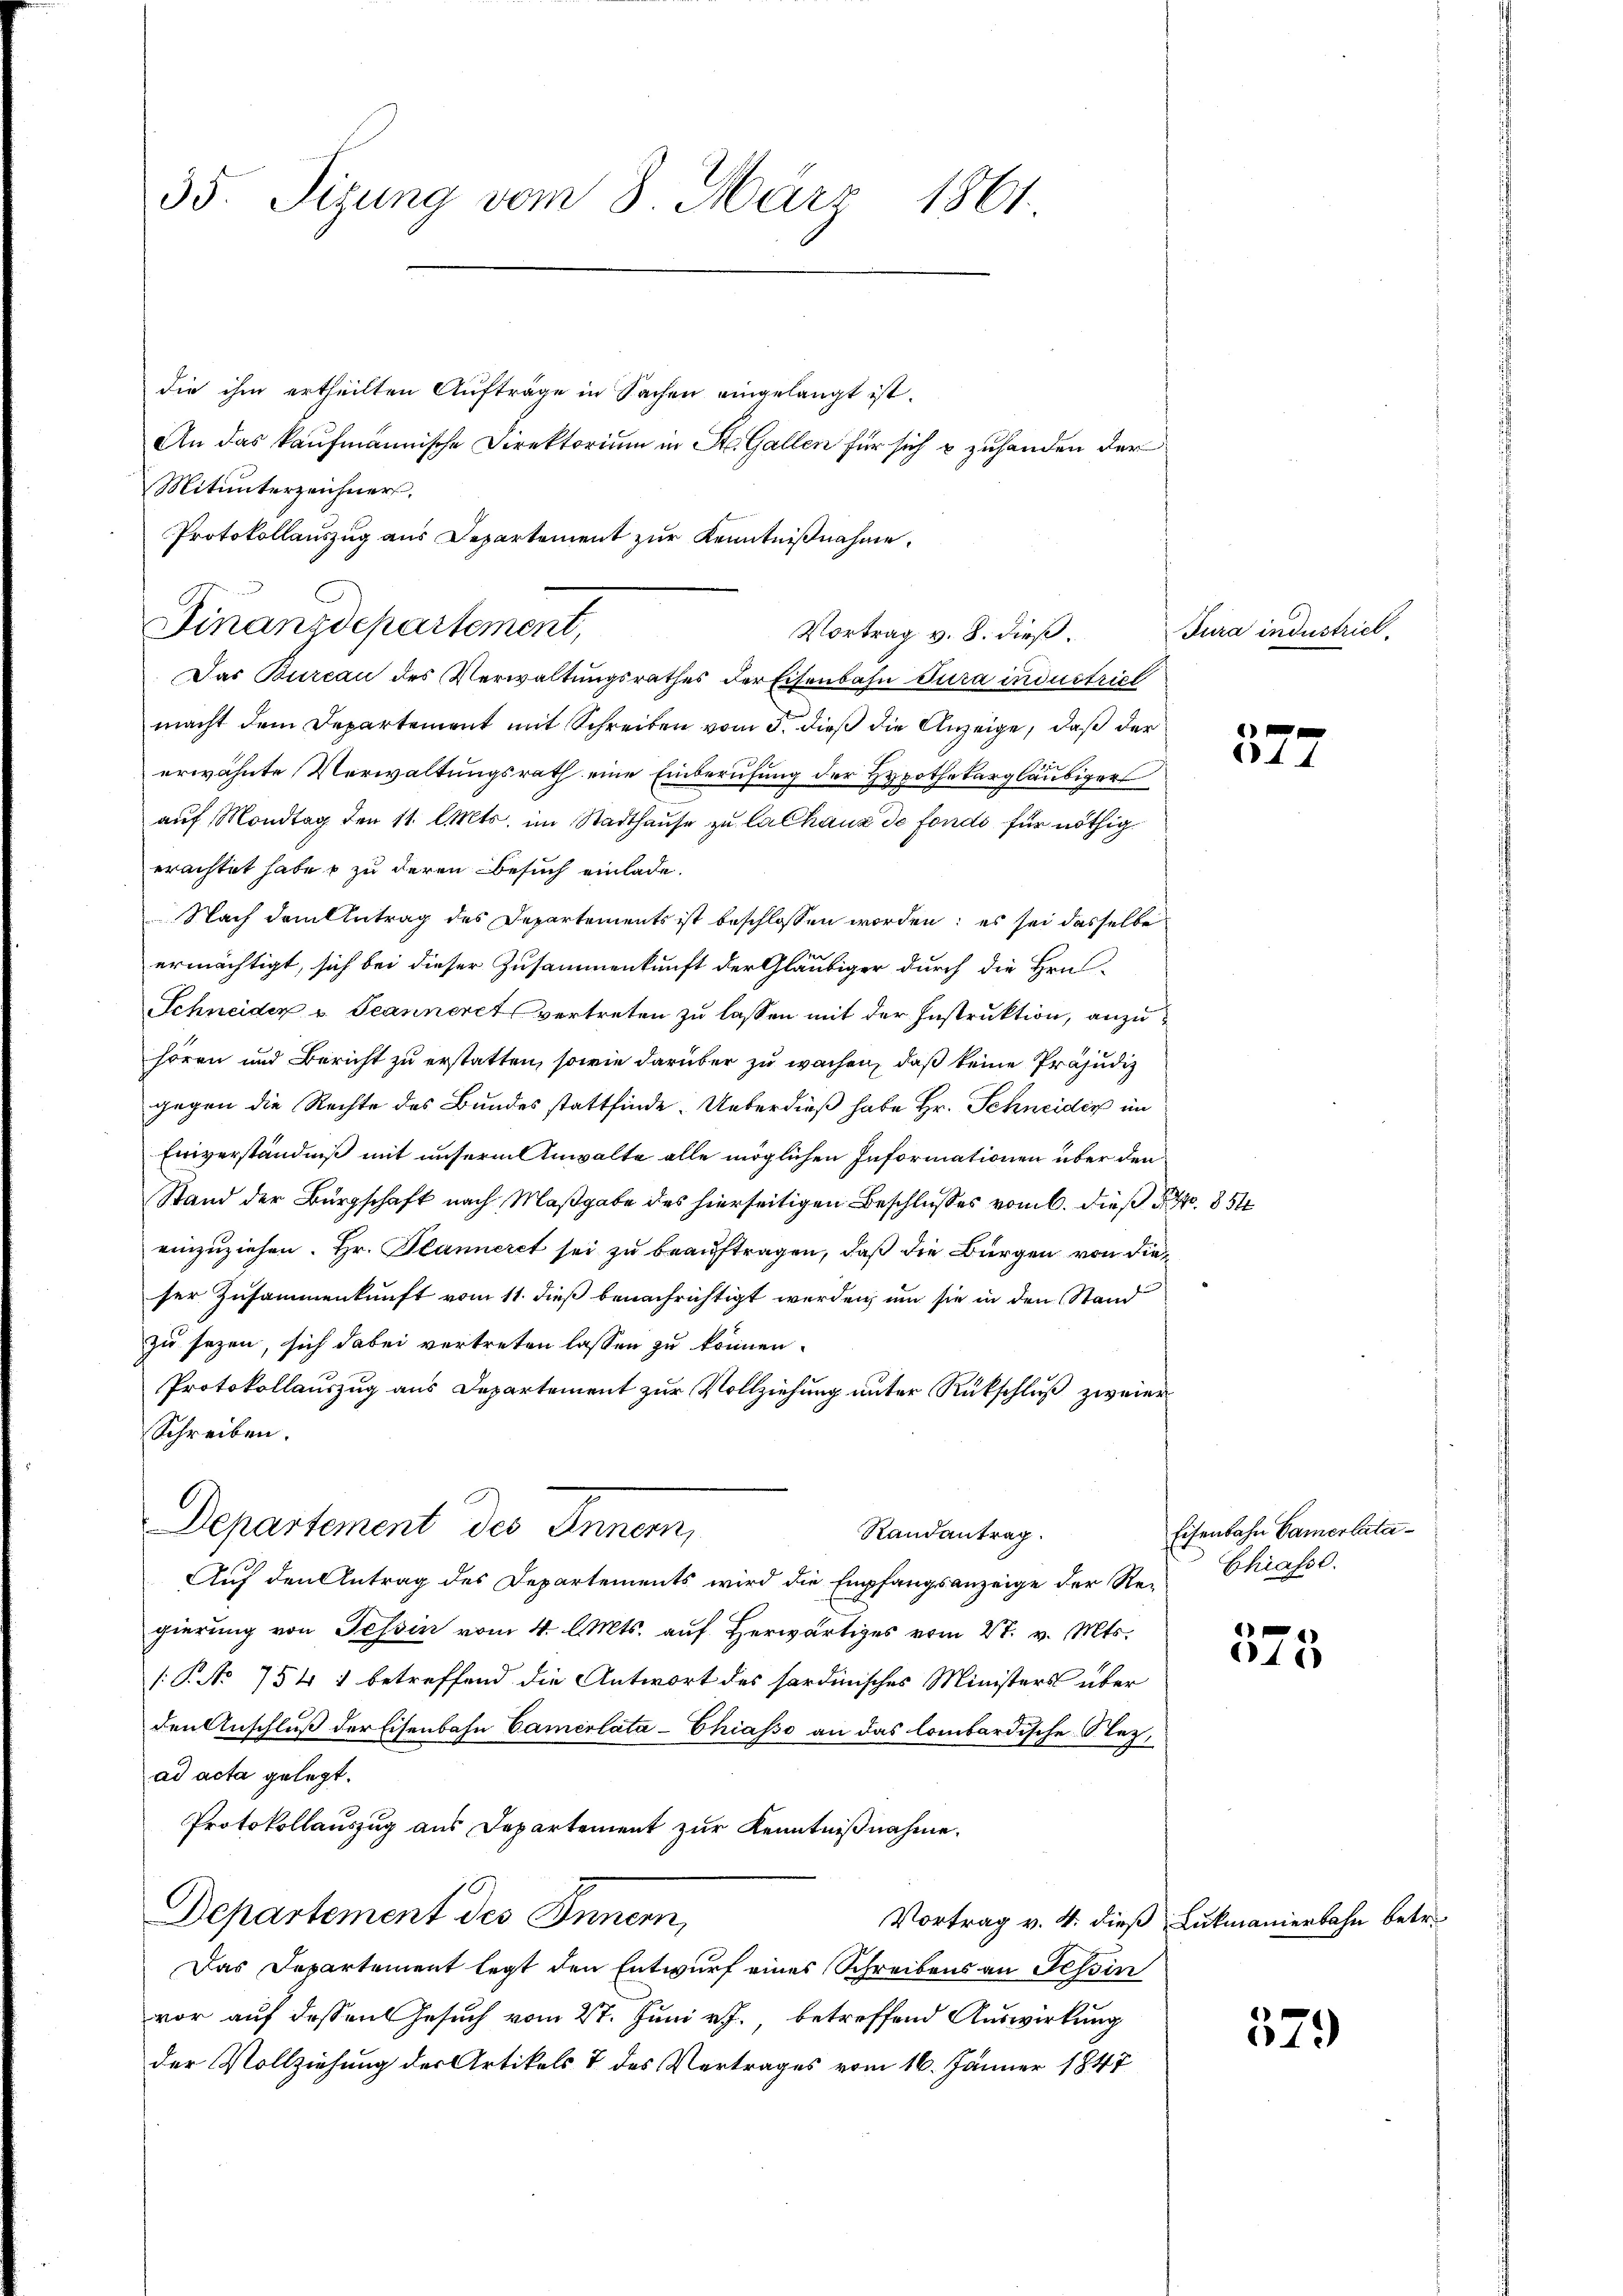
35. Sizung vom 8. März 1861.

die ihm ertheilten Aufträge in Sachen eingelangt ist.
An das kaufmännische Direktorium in St. Gallen für sich & zuhanden der
Das Bureau des Verwaltungsrathes der Eisenbahn Tura industriel
macht dem Departement mit Schreiben vom 5. dieß die Anzeige, daß der
erwähnte Verwaltungsrath eine Einberufung der Hypothekargläubigers
auf Mondtag den 11. Cts. im Stadthause zu lalhaus de fonds für nöthig
erachtet habe & zu deren Besuch einlade.
Nach dem Antrag des Departements ist beschlossen worden; es sei dasselbe
ermächtigt, sich bei dieser Zusammenkunft der Gläubiger durch die Hrn
Schneider v. Jeanneret vertreten zu lassen mit der Instruktion, anzuhören und Bericht zu erstatten, sowie darüber zu wachen, daß keine Präjudiz
gegen die Rechte des Bundes stattfinde. Ueberdieß habe Hr. Schneider im
Einverständniß mit unserm Anwalte alle möglichen Informationen über den
Stand der Bürgschaft nach Maßgabe des hierseitigen Beschlußes vom 6. dieß 1854
einzuziehen. Hr. Planneret sei zu beauftragen, daß die Bürgen von dieser Zusammenkunft vom 11. dieß benachrichtigt werden, um sie in den Stand
zu sezen, sich dabei vertreten lassen zu können.
Protokollauszug aus Departement zur Vollziehung unter Rückschluß zweier¬
Schreiben.
Departement des Inner,
Randantrag.
Aŭf den Antrag des Departements wird die Empfangsanzeige der Re-Chiasse.
gierung von Tessin vom 4. Mts. auf Herwärtiges vom 27. v. Mts.
/: P. No 754 1 betreffend die Antwort des sordinisches Ministers über
den Anschluß der Eisenbahn Camerlata-Chiasso an das lombardische Nezad acta gelegt.
Protokollauszug aus Departement zur Kenntnißnahme.
Departement des Innern,
Vortrag v. 4. dieß Lukmanierbahn betr.
Das Departement legt den Entwurf eines Schreibens an Tessin
vor auf dessen Gesuch vom 27. Juni v. J. betreffend Auswirkung
der Vollziehung der Artikels 7 des Vertrages vom 16. Jänner 1847

Mitunterzeichner.
Protokollauszug aus Departement zur Kenntnißnahme.
Finanzdepartement,
Vortrag v. 8. dieß.

Jura industriel

44

Eisenbahn Camerlata¬

575

579)